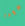
صودا